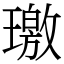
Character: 璬